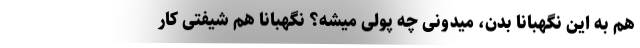
هم به این نگهبانا بدن، میدونی چه پولی میشه؟ نگهبانا هم شیفتی کار